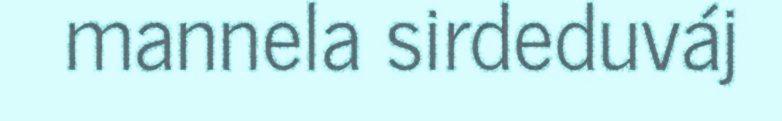
mannela sirdeduváj